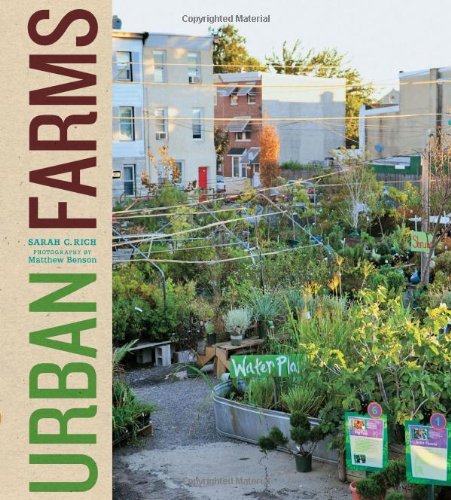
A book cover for Urban Farms; Sarah Rich; Crafts, Hobbies & Home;